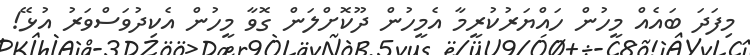
މިފަދަ ބައެއް މީހުން ހައްޔަރުކުރީމާ އެމީހުން ދޫކޮށްލަން ގޮވާ މީހުން އެކިދުވަސްވަރު އުޅޭ!